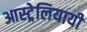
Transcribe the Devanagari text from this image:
आस्ट्रेलियायी